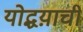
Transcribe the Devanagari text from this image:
योद्धय़ाची